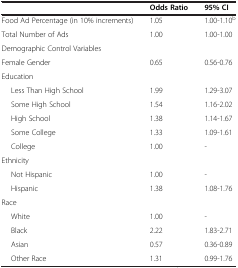
<table><thead><tr><td><b> </b></td><td><b>Odds Ratio</b></td><td><b>95% CI</b></td></tr></thead><tbody><tr><td>Food Ad Percentage (in 10% increments)</td><td>1.05</td><td>1.00-1.10<sup>b</sup></td></tr><tr><td>Total Number of Ads</td><td>1.00</td><td>1.00-1.00</td></tr><tr><td colspan="3">Demographic Control Variables</td></tr><tr><td>Female Gender</td><td>0.65</td><td>0.56-0.76</td></tr><tr><td colspan="3">Education</td></tr><tr><td>Less Than High School</td><td>1.99</td><td>1.29-3.07</td></tr><tr><td>Some High School</td><td>1.54</td><td>1.16-2.02</td></tr><tr><td>High School</td><td>1.38</td><td>1.14-1.67</td></tr><tr><td>Some College</td><td>1.33</td><td>1.09-1.61</td></tr><tr><td>College</td><td>1.00</td><td>-</td></tr><tr><td colspan="3">Ethnicity</td></tr><tr><td>Not Hispanic</td><td>1.00</td><td>-</td></tr><tr><td>Hispanic</td><td>1.38</td><td>1.08-1.76</td></tr><tr><td colspan="3">Race</td></tr><tr><td>White</td><td>1.00</td><td>-</td></tr><tr><td>Black</td><td>2.22</td><td>1.83-2.71</td></tr><tr><td>Asian</td><td>0.57</td><td>0.36-0.89</td></tr><tr><td>Other Race</td><td>1.31</td><td>0.99-1.76</td></tr></tbody></table>